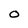
Character: 0